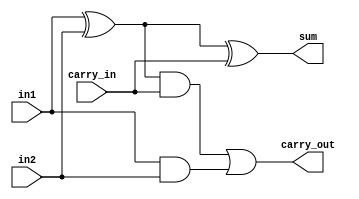
module full_adder (
    input in1,
    input in2,
    input carry_in,
    output sum,
    output carry_out
    );

wire a, b, c;

assign a = in1 ^ in2;
assign b = a & carry_in;
assign c = in1 & in2;
assign sum = a ^ carry_in;
assign carry_out = b | c;


endmodule